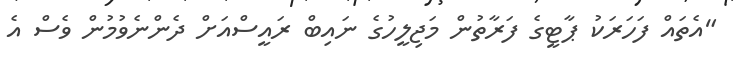
"އެތައް ފަހަރަކު ޕާޓީގެ ފަރާތުން މަޖިލީހުގެ ނައިބް ރައީސްއަށް ދެންނެވުމުން ވެސް އެ